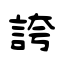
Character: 誇